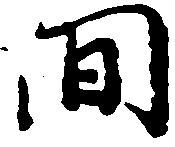
間